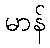
မာန်